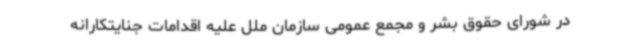
در شورای حقوق بشر و مجمع عمومی سازمان ملل علیه اقدامات جنایتکارانه